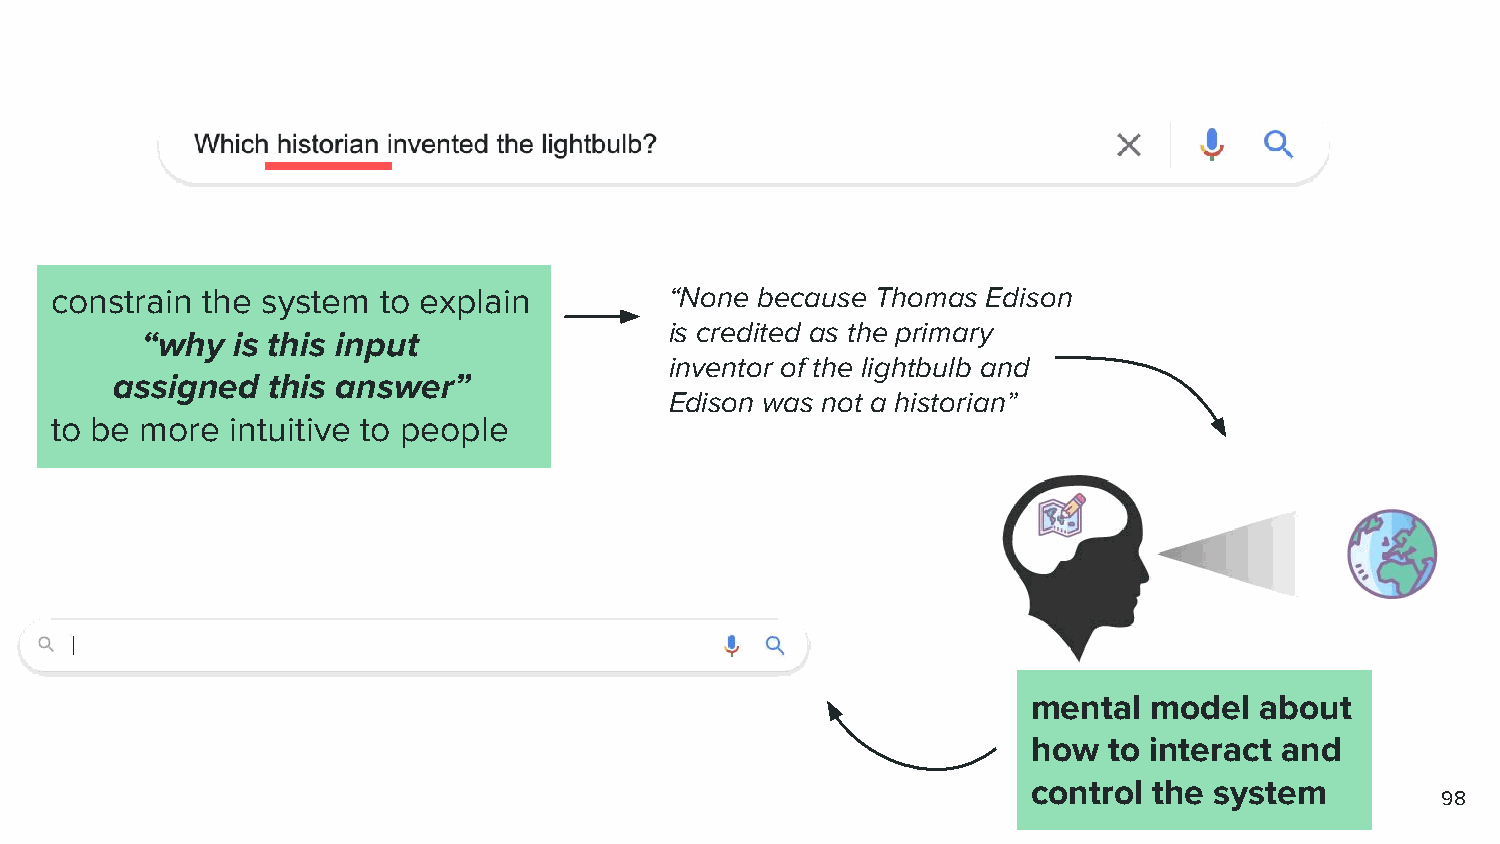
constrain the system  to explain         “None because Thomas Edison
 is credited as the primary
 “why  is this input
 inventor of the lightbulb and
 assigned  this answer”
 Edison was not a historian”
 to be more  intuitive to people
 mental  model  about
 how  to interact and
 control the system
 98